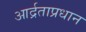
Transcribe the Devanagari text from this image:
आर्द्रताप्रधान